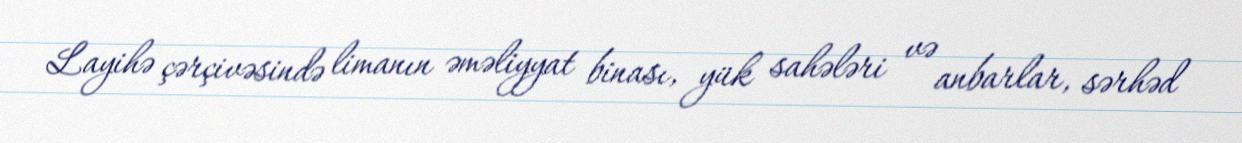
Layihə çərçivəsində limanın əməliyyat binası, yük sahələri və anbarlar, sərhəd